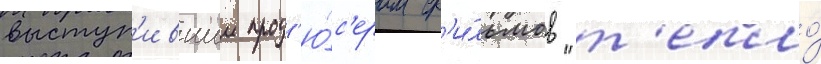
выступ'ившии прод'ю́с'ером ф'и́льмов "т'епло́